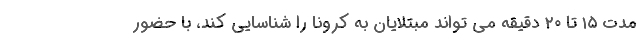
مدت ۱۵ تا ۲۰ دقیقه می تواند مبتلایان به کرونا را شناسایی کند، با حضور